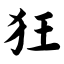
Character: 狂